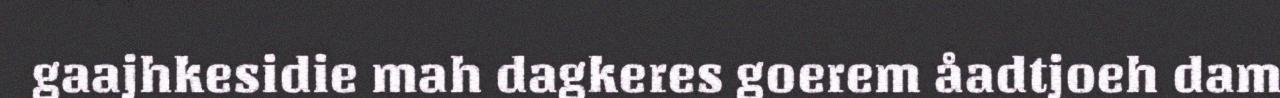
gaajhkesidie mah dagkeres goerem åadtjoeh dam